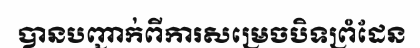
បានបញ្ជាក់ពីការសម្រេចបិទព្រំដែន